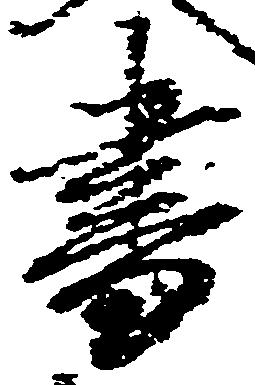
書